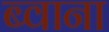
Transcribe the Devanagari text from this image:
ब्वाना